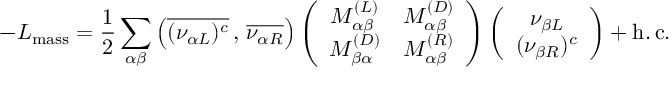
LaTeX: - { \cal L } _ { \mathrm { m a s s } } = \frac { 1 } { 2 } \sum _ { \alpha \beta } \left( \overline { { { ( \nu _ { \alpha L } ) ^ { c } } } } \, , \, \overline { { { \nu _ { \alpha R } } } } \right) \left( \begin{array} { c c } { { M _ { \alpha \beta } ^ { ( L ) } } } & { { M _ { \alpha \beta } ^ { ( D ) } } } \\ { { M _ { \beta \alpha } ^ { ( D ) } } } & { { M _ { \alpha \beta } ^ { ( R ) } } } \end{array} \right) \left( \begin{array} { c } { { \nu _ { \beta L } } } \\ { { ( \nu _ { \beta R } ) ^ { c } } } \end{array} \right) + \mathrm { h . \, c . }